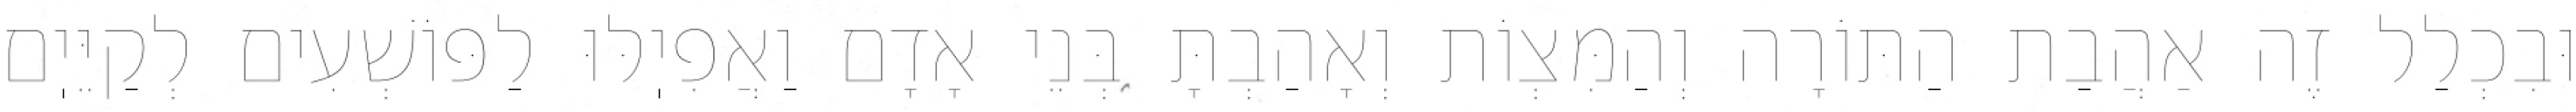
וּבִכְלַל זֶה אַהֲבַת הַתּוֹרָה וְהַמִּצְוֹת וְאָהַבְתָּ בְּנֵי אָדָם וַאֲפִיֽלּוּ לַפּוֹשְׁעִים לְקַיֵּיֽם